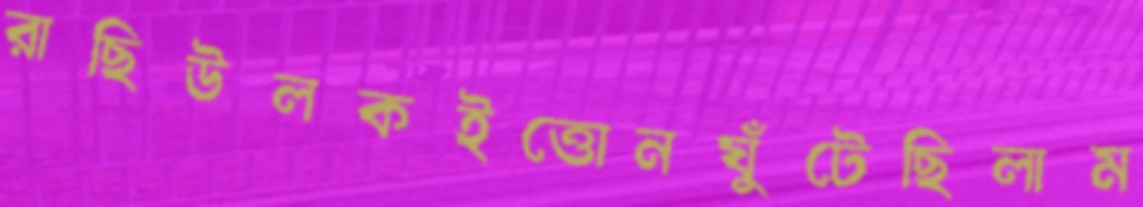
রাছিউলকইত্তোনঘুঁটেছিলাম